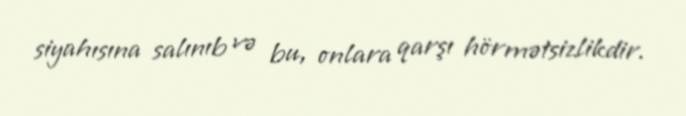
siyahısına salınıb və bu, onlara qarşı hörmətsizlikdir.